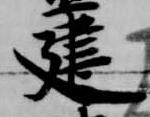
建